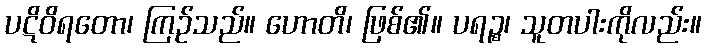
ပဋိဝိရတော၊ ကြဉ်သည်။ ဟောတိ၊ ဖြစ်၏။ ပရဉ္စ၊ သူတပါးကိုလည်း။